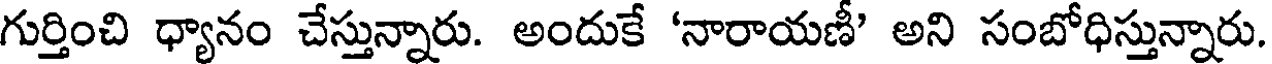
గుర్తించి ధ్యానం చేస్తున్నారు. అందుకే 'నారాయణీ' అని సంబోధిస్తున్నారు.